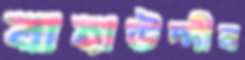
বাহাউদ্দীন